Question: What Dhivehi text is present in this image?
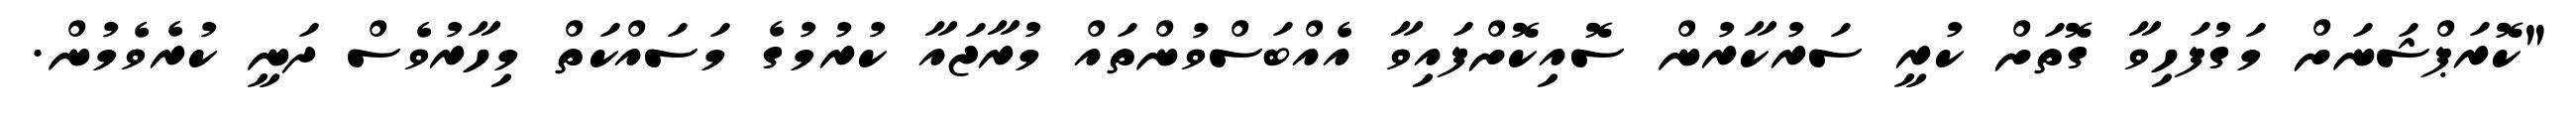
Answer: "ކޮރަޕްޝަނަށް މަގުފަހިވާ ގޮތަށް ކުރީ ސަރުކާރުން ސޮއިކޮށްފައިވާ އެއްބަސްވުންތައް މުރާޖައާ ކުރުމުގެ މަސައްކަތް މިހާރުވެސް ދަނީ ކުރެވެމުން.